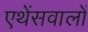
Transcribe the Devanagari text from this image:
एथेंसवालों